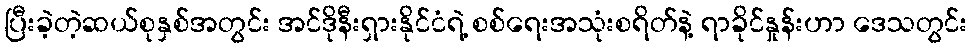
ပြီးခဲ့တဲ့ဆယ်စုနှစ်အတွင်း အင်ဒိုနီးရှားနိုင်ငံရဲ့ စစ်ရေးအသုံးစရိတ်နဲ့ ရာခိုင်နှုန်းဟာ ဒေသတွင်း